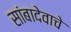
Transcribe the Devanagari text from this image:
सांबादेवाचे